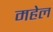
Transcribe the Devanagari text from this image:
महेल